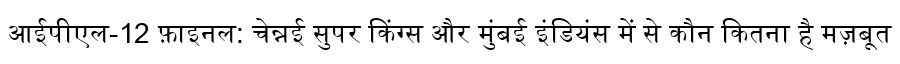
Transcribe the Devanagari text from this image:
आईपीएल-12 फ़ाइनल: चेन्नई सुपर किंग्स और मुंबई इंडियंस में से कौन कितना है मज़बूत